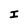
Character: I